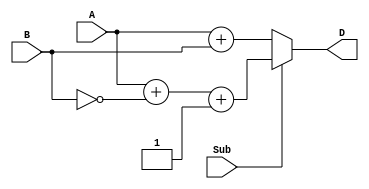
module subtractor(input [7:0] A, B,
                   input Sub,
                   output reg [7:0] D
                  );
  
  wire [7:0] B_inv;
  
  assign B_inv = ~B;
  
  assign D = (Sub) ? (A + B_inv + 1) : (A + B);
  
endmodule